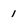
Character: 1